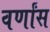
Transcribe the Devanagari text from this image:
वर्णांस